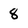
Character: 8